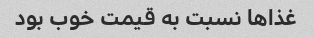
غذاها نسبت به قیمت خوب بود